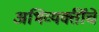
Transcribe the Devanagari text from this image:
अभिव्यक्तींचे